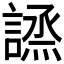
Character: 𧪣